Leaving Certificate Examination (including Day School Certificate (Higher) General paper), 1933
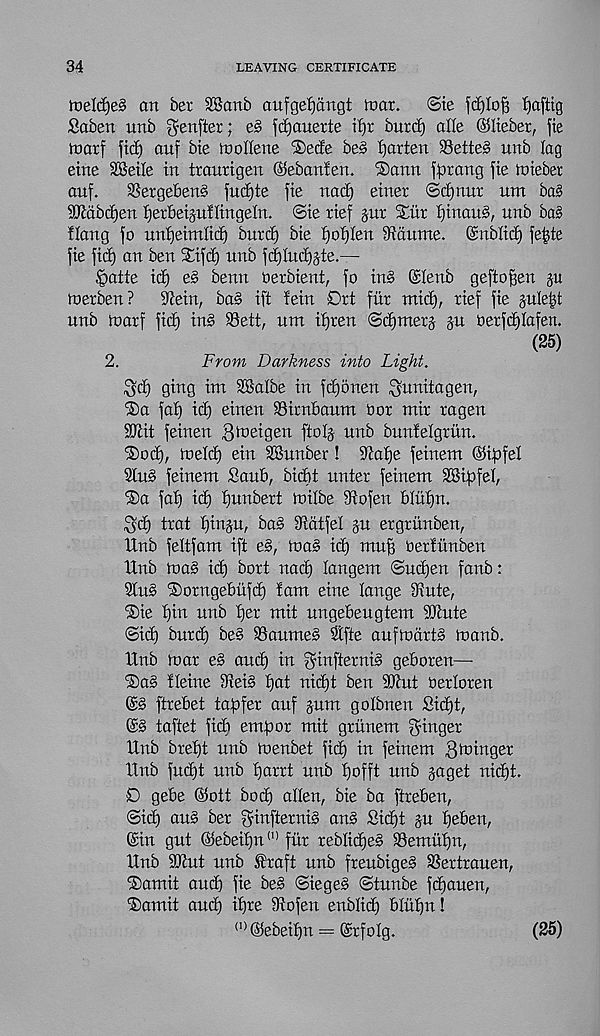
34
LEAVING CERTIFICATE
ft)eld)e§ an bet 28anb aufge^angt tnar.
©ie fdfjlof? Zaftig
Saben unb genfter; e§ fdjauerte it)t butd) aKe ©liebet, fie
tuarf fid) auf bie tnollene ®ede be§ ffarten Setter unb lag
eine SBeile in traurigen @eban!en. ®ann fptang fie tniebet
auf.
SSergebenS fudjte fie uad) einet @d)nut um ba§
SJiabb^en Ijetbeiguflingeln. @ie rief jut Stitt f)inau§, unb ba§
Hang fo un^eimlid) butd) bie f)ot)Ien Sidume. ©nblid) fefete
fie fid) an ben $ifd) unb fd)Iud)jte.—
§aite id) e§ benn oerbient, fo irt§ ©lenb gefto^en p
toetben ?
Stein, ba§ ift !ein Drt flit mid), tief fie juleijt
unb it)arf fief) in§ 93ett, um if)ten ©djmetj ju Oetfd)fafen.
(25)
2.
tefow Darkness into Light.
3d) ging im SBalbe in fdjonen ^unitagen,
®a faf) id) einen SSitnbaum dot mit tagen
SKit feinen ^'oeigen ffolj unb bunfelgtun.
®od), tueld) ein SBunber! iJtefje feinem @ipfel
2lu§ feinem Saub, biebt unter feinem SBipfef,
®a faf) id) bunbett toifbe Siofen bfuf)n.
ttat f)inju, bas Siatfel ju ergriinben,
Unb feltfam ift e§, toaS id) muf) oerfunben
Unb rt)a§ id) bott nad) fangem @ud)en fanb:
3fu§ iSotngeblifd) fam eine fange iliute,
®ie f)in unb f)ex mit ungebeugtem SJcute
©id) butd) be§ 9Saume§ 9tfte auftoattS toanb.
Unb mat e§ and) in $inftetni§ geboten—
®ag ffeine dtei§ fjat nid)t ben SJtett oetfoten
fttebet tagfet auf jum gofbnen Sicf)t,
taftet fidi emgot mit gtunem f^inget
Unb btef)t unb ruenbet fid) in feinem 3b?inget
Unb fudjt unb f)arrt unb fjofft unb jaget nid)t.
D gebe ($ott bot^ alien, bie ba ftreben,
©id) aus bet fyinftetnig an§ Sid)t ju fjeben,
©in gut @ebeif)n (I) flit teblid)e§ 93emuf)n,
Unb SKut unb £taft unb freubige§ SSettrauen,
®amit aud) fie beg ©iegeg ©tunbe fdjauen,
Damit and) if)te Siofen enblid) blufjn!
(1) ©ebeifjn — ©tfolg.
(25)